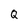
Character: Q